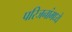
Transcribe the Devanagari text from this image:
परिजनांमध्ये